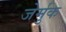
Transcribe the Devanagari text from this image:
जेर्मुक